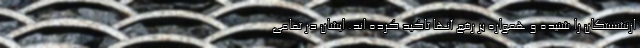
ازنشستگان را شنیده و همواره بر رفع آنها تاکید کرده اند. ایشان در تمامی